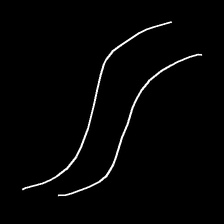
Glyph: float